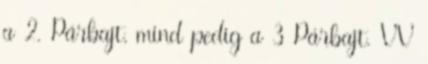
a 2. Párbajt, mind pedig a 3 Párbajt. VV